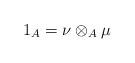
LaTeX: \begin{align*}1_A = \nu \otimes _A \mu \end{align*}